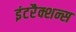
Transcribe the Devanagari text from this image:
इंटरैक्शन्स